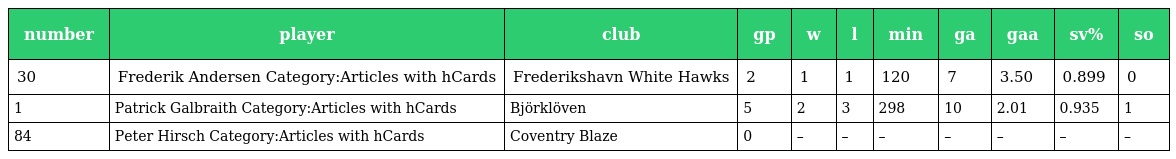
| number | player | club | gp | w | l | min | ga | gaa | sv% | so |
 | --- | --- | --- | --- | --- | --- | --- | --- | --- | --- | --- |
 | 30 | Frederik Andersen Category:Articles with hCards | Frederikshavn White Hawks | 2 | 1 | 1 | 120 | 7 | 3.50 | 0.899 | 0 |
 | 1 | Patrick Galbraith Category:Articles with hCards | Björklöven | 5 | 2 | 3 | 298 | 10 | 2.01 | 0.935 | 1 |
 | 84 | Peter Hirsch Category:Articles with hCards | Coventry Blaze | 0 | – | – | – | – | – | – | – |